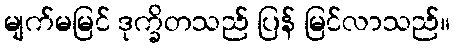
မျက်မမြင် ဒုက္ခိတသည် ပြန် မြင်လာသည်။